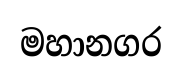
මහානගර